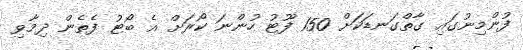
ފުންމިނުގައި ގާތްގަނޑަކަށް 150 ފޫޓު ހުންނަ ކޯރަށް އެ ބޯޓު ފެތެން ދިމާވި